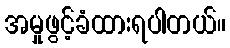
အမှုဖွင့်ခံထားရပါတယ်။